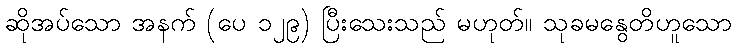
ဆိုအပ်သော အနက် (ပေ ၁၂၉) ပြီးသေးသည် မဟုတ်။ သုခမနွေတိဟူသော